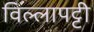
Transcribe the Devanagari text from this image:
विल्लापट्टी